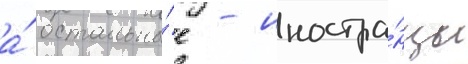
а́ остальны́е - иностра́нцы